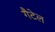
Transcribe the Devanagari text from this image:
गैटेल